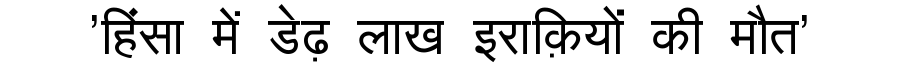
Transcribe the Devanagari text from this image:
'हिंसा में डेढ़ लाख इराक़ियों की मौत'